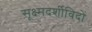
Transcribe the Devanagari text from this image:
सूक्ष्मदर्शीविदों